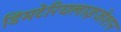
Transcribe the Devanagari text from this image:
डिमटेरियलाइजेशन